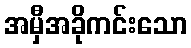
အမှီအခိုကင်းသော